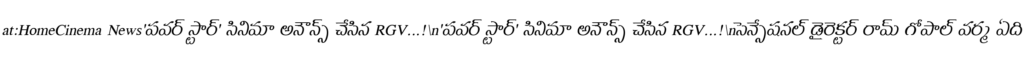
at:HomeCinema News'పవర్ స్టార్' సినిమా అనౌన్స్ చేసిన RGV...!\n'పవర్ స్టార్' సినిమా అనౌన్స్ చేసిన RGV...!\nసెన్సేషనల్ డైరెక్టర్ రామ్ గోపాల్ వర్మ ఏది